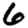
Digit: 6